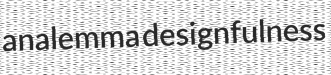
analemma designfulness